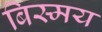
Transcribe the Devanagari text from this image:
बिस्मय